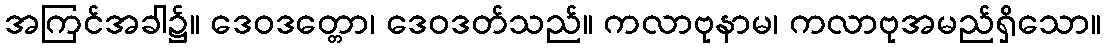
အကြင်အခါ၌။ ဒေဝဒတ္တော၊ ဒေဝဒတ်သည်။ ကလာဗုနာမ၊ ကလာဗုအမည်ရှိသော။